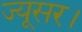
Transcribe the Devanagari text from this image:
ज्यूसर।